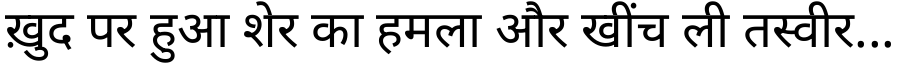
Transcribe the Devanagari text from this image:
ख़ुद पर हुआ शेर का हमला और खींच ली तस्वीर...